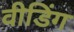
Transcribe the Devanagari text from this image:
वीडिंग